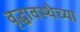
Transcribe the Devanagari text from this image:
वृद्धावस्थेच्या